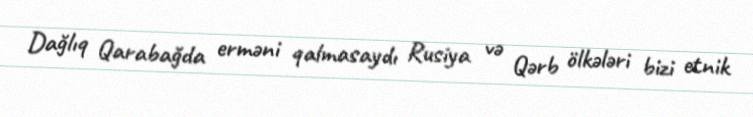
Dağlıq Qarabağda erməni qalmasaydı Rusiya və Qərb ölkələri bizi etnik